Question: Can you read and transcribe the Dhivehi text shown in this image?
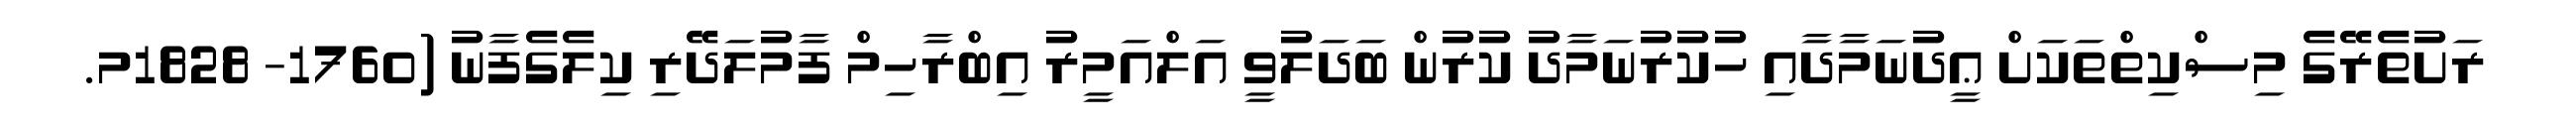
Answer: ރަށުތެރޭގެ މިސްކިތްތަކަށް ޢީދުނަމާދާއި ހުކުރުނަމާދު ކުރުން ބަދަލުވީ އަލްއަމީރު އިބްރާހިމް ފާމުލަދޭރި ކިލެގެފާނު (1760- 1828މ.